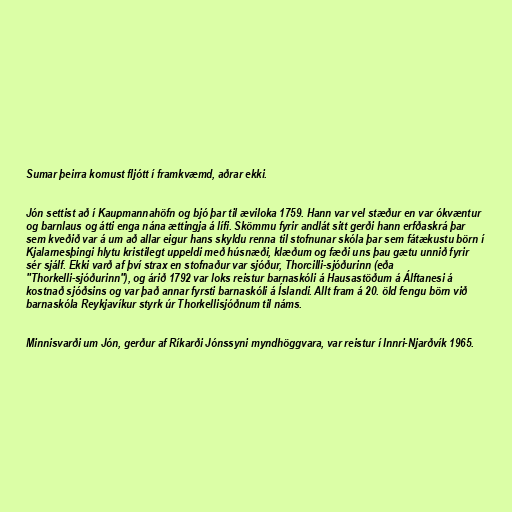
Sumar þeirra komust fljótt í framkvæmd, aðrar ekki.

Jón settist að í Kaupmannahöfn og bjó þar til æviloka 1759. Hann var vel stæður en var ókvæntur
og barnlaus og átti enga nána ættingja á lífi. Skömmu fyrir andlát sitt gerði hann erfðaskrá þar
sem kveðið var á um að allar eigur hans skyldu renna til stofnunar skóla þar sem fátækustu börn í
Kjalarnesþingi hlytu kristilegt uppeldi með húsnæði, klæðum og fæði uns þau gætu unnið fyrir
sér sjálf. Ekki varð af því strax en stofnaður var sjóður, Thorcilli-sjóðurinn (eða
"Thorkelli-sjóðurinn"), og árið 1792 var loks reistur barnaskóli á Hausastöðum á Álftanesi á
kostnað sjóðsins og var það annar fyrsti barnaskóli á Íslandi. Allt fram á 20. öld fengu börn við
barnaskóla Reykjavíkur styrk úr Thorkellisjóðnum til náms.

Minnisvarði um Jón, gerður af Ríkarði Jónssyni myndhöggvara, var reistur í Innri-Njarðvík 1965.